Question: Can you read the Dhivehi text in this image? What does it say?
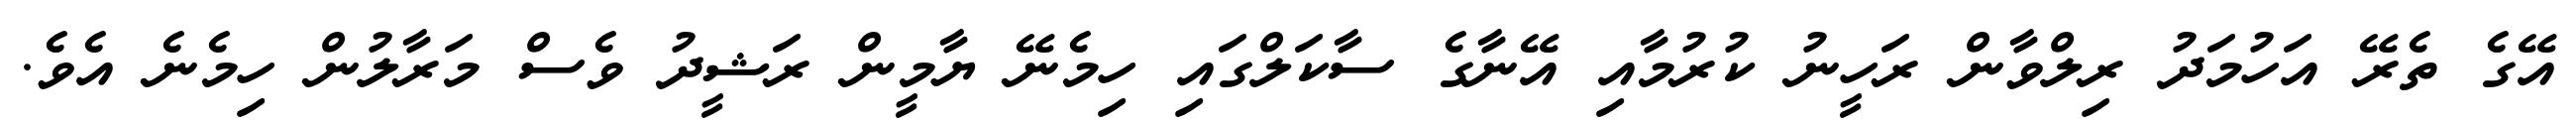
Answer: އޭގެ ތެރޭ އަހުމަދު ރިލްވާން ރަހީނު ކުރުމާއި އޭނާގެ ސާކަލްގައި ހިމެނޭ ޔާމީން ރަޝީދު ވެސް މަރާލުން ހިމެނެ އެވެ.